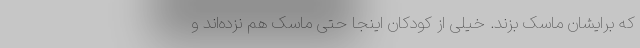
که برایشان ماسک بزند. خیلی از کودکان اینجا حتی ماسک هم نزده‌اند و